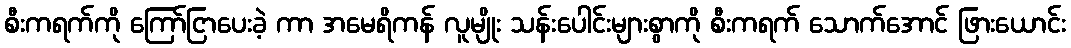
စီးကရက်ကို ကြော်ငြာပေးခဲ့ ကာ အမေရိကန် လူမျိုး သန်းပေါင်းများစွာကို စီးကရက် သောက်အောင် ဖြားယောင်း